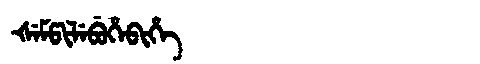
Manchu: ᡧᡝᠮᡦᡳᠯᡝᠪᡠᡥᡝᠪᡳᡥᡝ
Romanization: ŠEMPILEBUHEBIHE